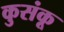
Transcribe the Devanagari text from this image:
कुसंकू